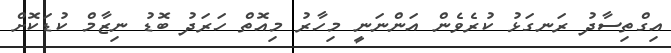
އިގްތިސާދު ރަނގަޅު ކުރެވެން އަންނަނީ މިހާރު މިއޮތް ހަރަދު ބޮޑު ނިޒާމް ކުޑަކޮށް